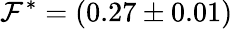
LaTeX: \mathcal{F}^{\ast}=(0.27\pm0.01)